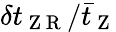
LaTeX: \delta t_{\mathrm{~Z~R~}}/\bar{t}_{\mathrm{~Z~}}